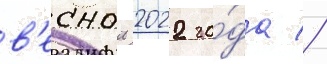
в'еснои 2022 го́да //